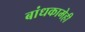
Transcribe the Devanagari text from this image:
बांधकामेही